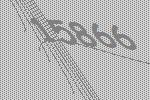
15866